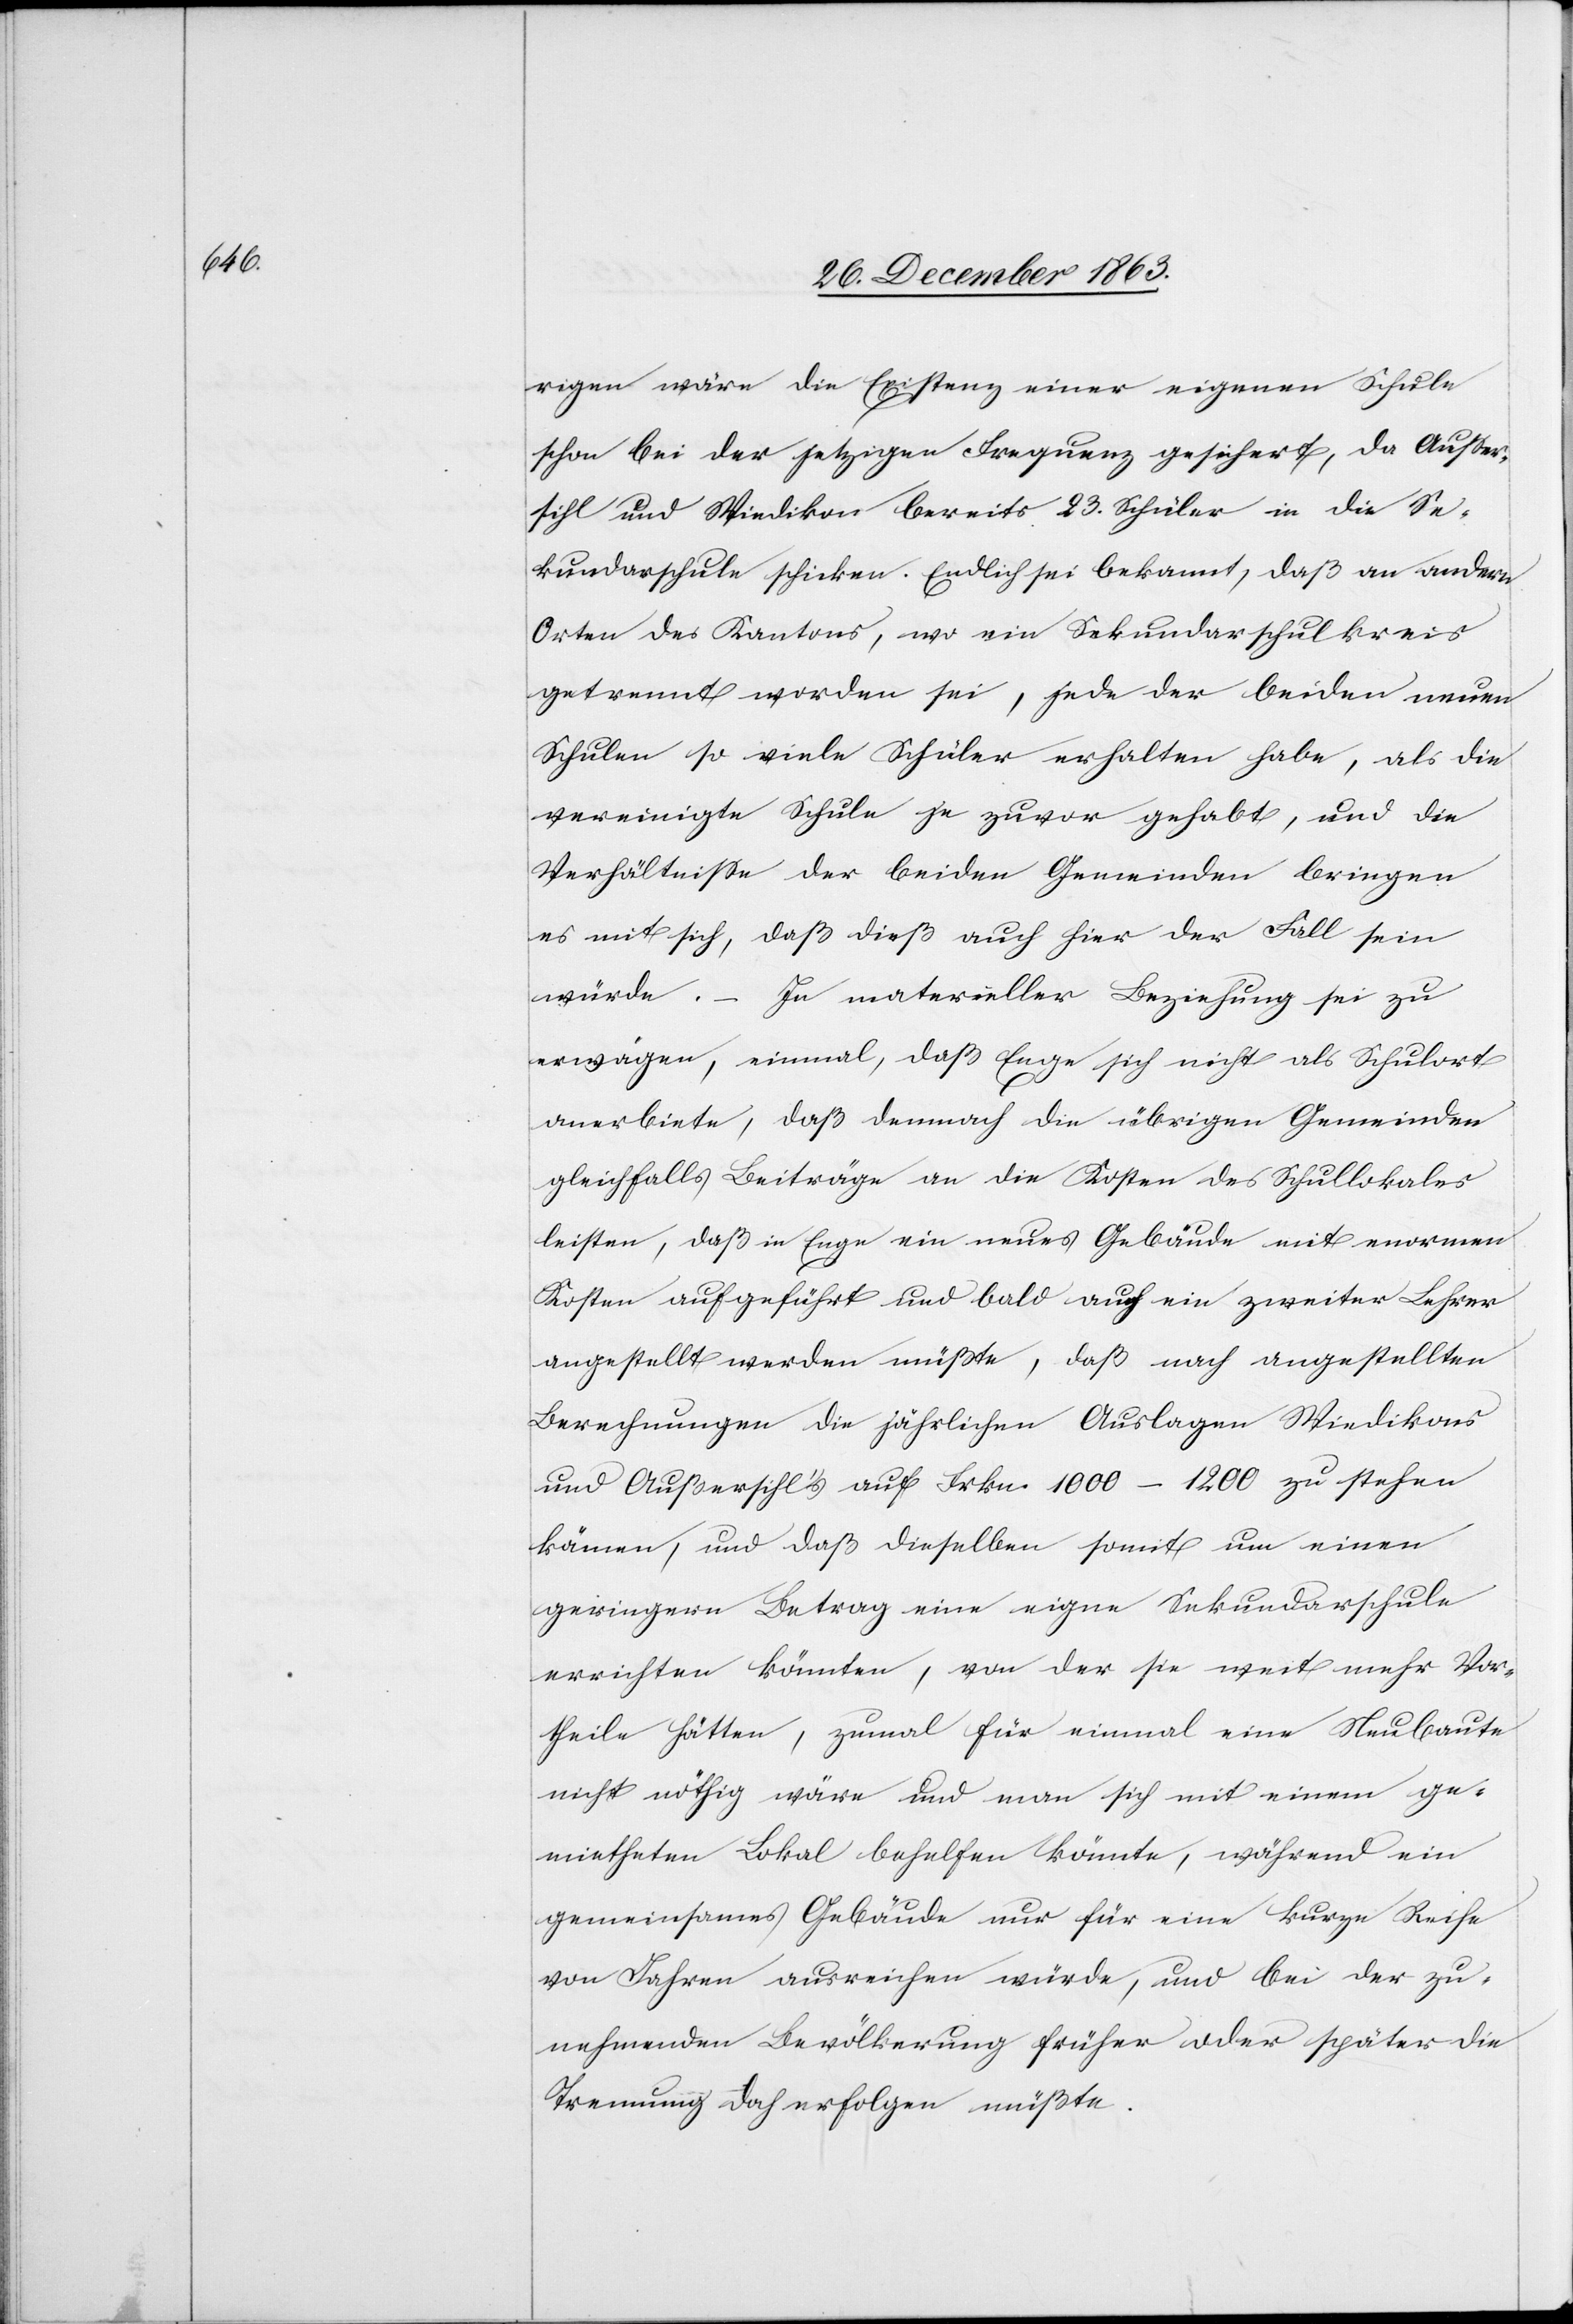
rigen wäre die Existenz einer eigenen Schule
schon bei der jetzigen Frequenz gesichert, da Ausser¬
sihl und Wiedikon bereits 23. Schüler in die Se¬
kundarschule schicken. Endlich sei bekannt, daß an andern
Orten des Kantons, wo ein Sekundarschulkreis
getrennt worden sei, jede der beiden neuen
Schulen so viele Schüler erhalten habe, als die
vereinigte Schule je zuvor gehabt, und die
Verhältnisse der beiden Gemeinden bringen
es mit sich, daß dieß auch hier der Fall sein
würde. – In materieller Beziehung sei zu
erwägen, einmal, daß Enge sich nicht als Schulort
anerbiete, daß demnach die übrigen Gemeinden
gleichfalls Beiträge an die Kosten des Schullokals
leisten, daß in Enge ein neues Gebäude mit enormen
Kosten aufgeführt und bald auch ein zweiter Lehrer
angestellt werden müßte, daß nach angestellten
Berechnungen die jährlichen Auslagen Wiedikons
und Außersihl's auf Frkn. 1000–1200 zu stehen
kämen, und daß dieselben somit um einen
geringern Betrag eine eigene Sekundarschule
errichten könnten, von der sie weit mehr Vor¬
theile hätten, zumal für einmal eine Neubaute
nicht nöthig wäre und man sich mit einem ge¬
mietheten Lokal behelfen könnte, während ein
gemeinsames Gebäude nur für eine kurze Reihe
von Jahren ausreichen würde, und bei der zu¬
nehmenden Bevölkerung früher oder später die
Trennung doch erfolgen müßte.